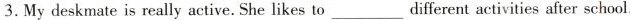
3.My deskmate is reallyactive. She likes to___different activities after school.